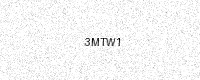
Text: 3MTW1